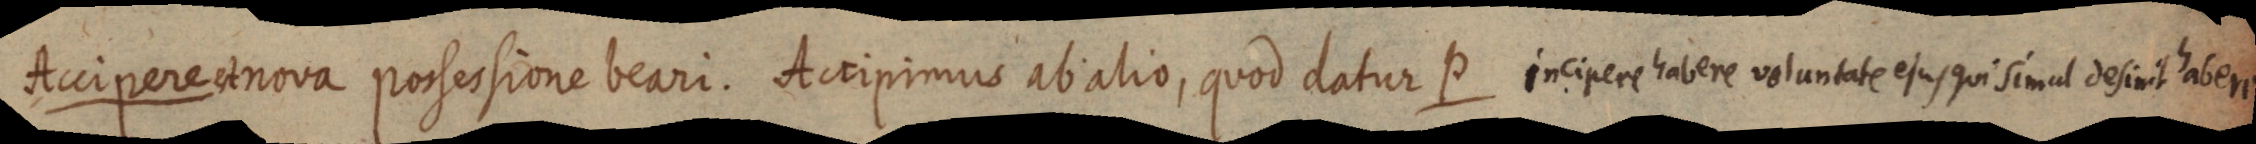
Accipere et nova possessione beari. Accipimus ab alio, quod datur P incipere habere voluntate ejus qui simul definit habere